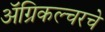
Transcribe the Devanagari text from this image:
अॅग्रिकल्चरचे